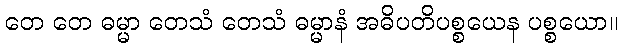
တေ တေ ဓမ္မာ တေသံ တေသံ ဓမ္မာနံ အဓိပတိပစ္စယေန ပစ္စယော။